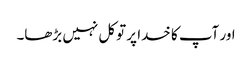
اور آپ کا خدا پر توکل نہیں بڑھا۔